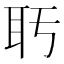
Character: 𬚒